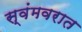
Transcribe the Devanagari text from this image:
स्वंमवरात